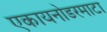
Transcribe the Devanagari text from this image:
एकायनोडरमाटा